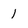
Character: 1